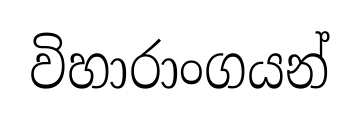
විහාරාංගයන්